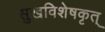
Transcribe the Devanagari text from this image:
सुखविशेषकृत्